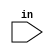
//test type : module_or_generate_item ::= module_or_generate_item_declaration (event_declaration)
//vparser rule name : 
module test_0220(input in);
 reg nout;
 (* neg = 1, level *)
 always @(in or nout)
  nout = ~in;
endmodule